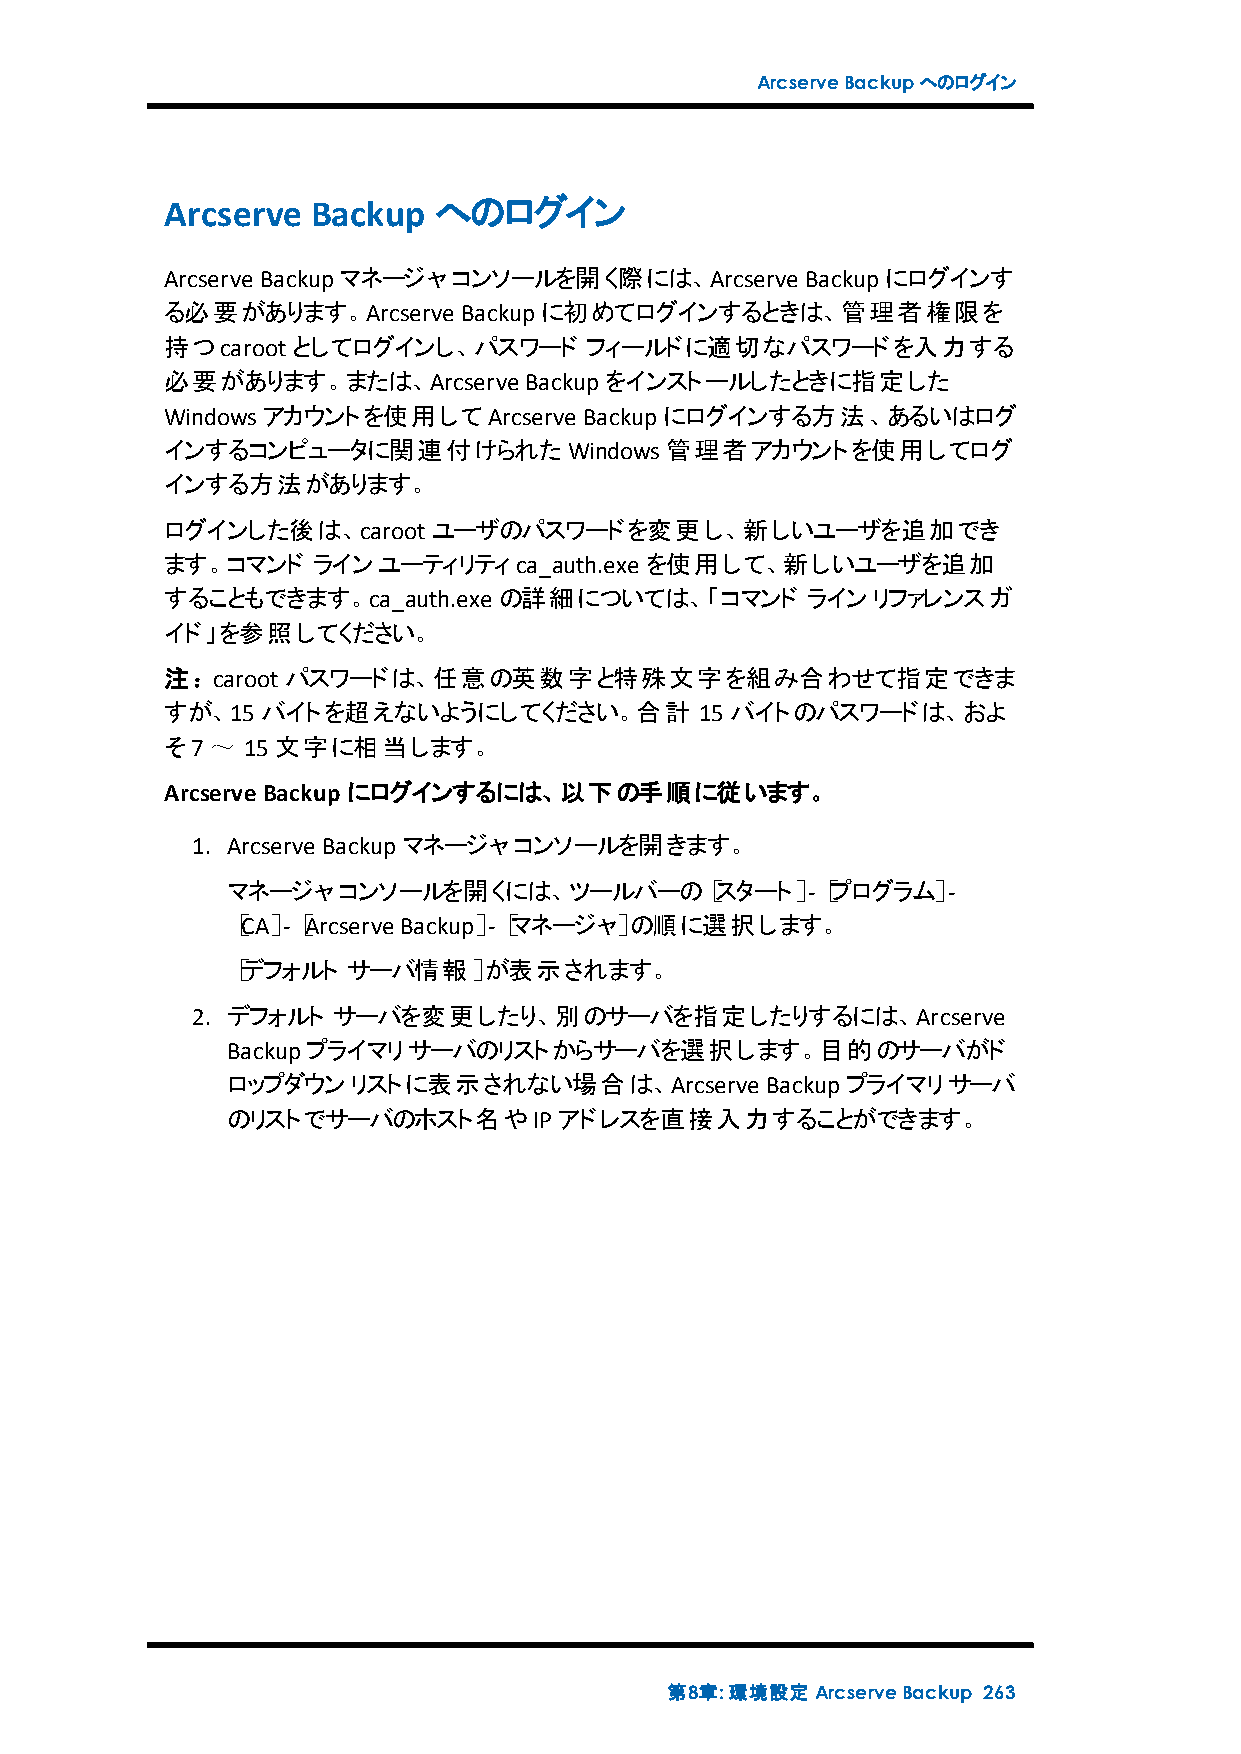
ArcserveBackupへのログイン
 Arcserve  Backup  へのログイン
 Arcserve Backupマネージャコンソールを開く際には、Arcserve  Backupにログインす
 る必要があります。Arcserve   Backupに初めてログインするときは、管理者権限を
 持つcarootとしてログインし、パスワード      フィールドに適切なパスワードを入力する
 必要があります。または、Arcserve    Backupをインストールしたときに指定した
 Windowsアカウントを使用してArcserve   Backupにログインする方法、あるいはログ
 インするコンピュータに関連付けられたWindows管理者アカウントを使用してログ
 インする方法があります。
 ログインした後は、carootユーザのパスワードを変更し、新しいユーザを追加でき
 ます。コマンド   ラインユーティリティca_auth.exe を使用して、新しいユーザを追加
 することもできます。ca_auth.exe の詳細については、「コマンド      ラインリファレンスガ
 イド」を参照してください。
 注：carootパスワードは、任意の英数字と特殊文字を組み合わせて指定できま
 すが、15バイトを超えないようにしてください。合計          15バイトのパスワードは、およ
 そ7～  15文字に相当します。
 ArcserveBackup にログインするには、以下の手順に従います。
 1. Arcserve Backupマネージャコンソールを開きます。
 マネージャコンソールを開くには、ツールバーの［スタート］-［プログラム］-
 ［CA］-［Arcserve Backup］-［マネージャ］の順に選択します。
 ［デフォルト  サーバ情報］が表示されます。
 2. デフォルト サーバを変更したり、別のサーバを指定したりするには、Arcserve
 Backupプライマリサーバのリストからサーバを選択します。目的のサーバがド
 ロップダウンリストに表示されない場合は、Arcserve        Backupプライマリサーバ
 のリストでサーバのホスト名やIPアドレスを直接入力することができます。
 第8章:環境設定ArcserveBackup 263